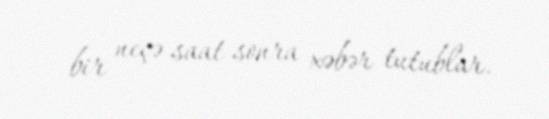
bir neçə saat sonra xəbər tutublar.